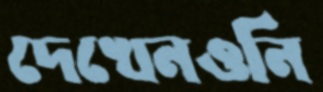
দেখেনওনি